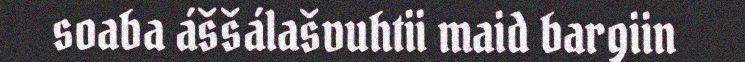
soaba áššálašvuhtii maid bargiin